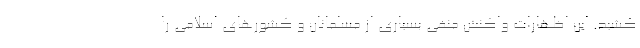
کشید. این اظهارات واکنش منفی بسیاری از مسلمانان و کشورهای اسلامی را